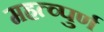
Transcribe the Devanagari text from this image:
महत्व्पुर्ण